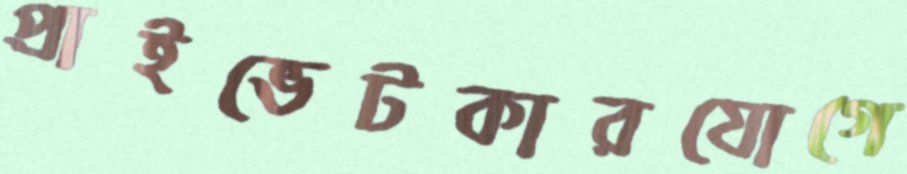
প্রাইভেটকারযোগে